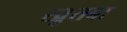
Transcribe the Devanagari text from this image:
खु़तबा